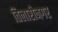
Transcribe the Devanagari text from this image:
तिलारीनगर